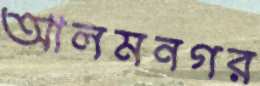
আলমনগর